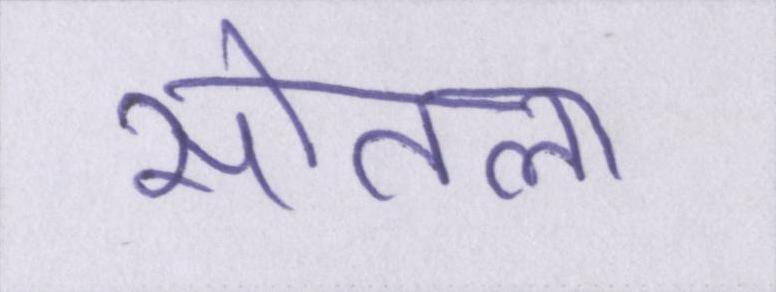
सोतला